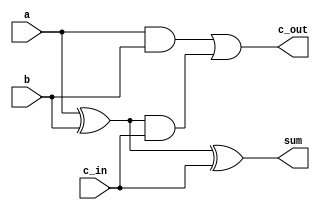
module adder_1_bit(a,b,sum,c_in,c_out);
	output sum,c_out;
	input a,b,c_in;
	wire s1,c1,c2;

	xor (s1,a,b);
	xor (sum,s1,c_in);

	and (c1,a,b);
	and (c2,s1,c_in);
	or (c_out,c1,c2);
endmodule

module stimulus;
	reg C_IN,A,B;
	wire C_OUT,SUM,DUMMY;
	adder_1_bit a1(A,B,SUM,C_IN,C_OUT);

	initial
	begin
		$dumpfile("simulation.vcd");
		$dumpvars(DUMMY,A,B,C_IN,SUM,C_OUT);
	end

	initial
	begin
		A = 0;
		B = 0;
		C_IN = 0;
	end

	always
		#1 A = ~ A;

	always
		#2 B = ~ B;

	always
		#4 C_IN = ~ C_IN;

	initial 
		#16 $finish;
endmodule